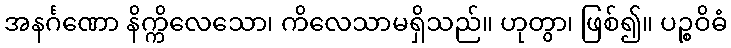
အနင်္ဂဏော နိက္ကိလေသော၊ ကိလေသာမရှိသည်။ ဟုတွာ၊ ဖြစ်၍။ ပဉ္စဝိဓံ